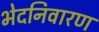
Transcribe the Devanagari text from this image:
भेदनिवारण